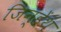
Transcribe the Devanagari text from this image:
जिन्हेंथ